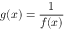
g ( x ) = { \frac { 1 } { f ( x ) } }